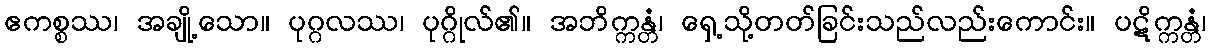
ဧကစ္စဿ၊ အချို့သော။ ပုဂ္ဂလဿ၊ ပုဂ္ဂိုလ်၏။ အဘိက္ကန္တံ၊ ရှေ့သို့တတ်ခြင်းသည်လည်းကောင်း။ ပဋိက္ကန္တံ၊